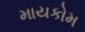
માયકોમ